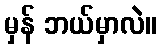
မှန် ဘယ်မှာလဲ။